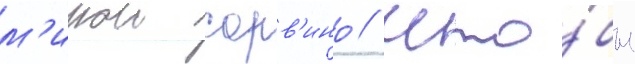
м'ирои сорв'ино / что́бы